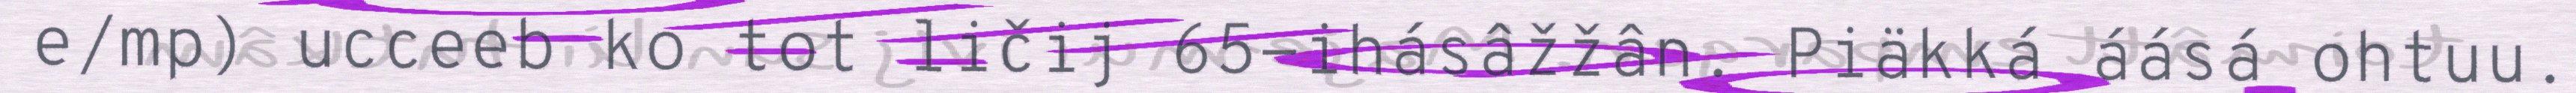
e/mp) ucceeb ko tot ličij 65-ihásâžžân. Piäkká áásá ohtuu.